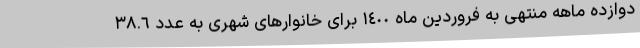
دوازده ماهه منتهی به فروردین ماه ١٤٠٠ برای خانوارهای شهری به عدد ٣٨.٦